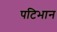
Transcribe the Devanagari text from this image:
पटिभान